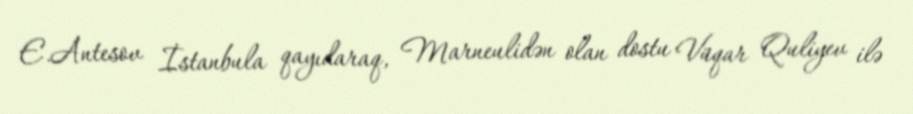
E.Antesov İstanbula qayıdaraq, Marneulidən olan dostu Vüqar Quliyev ilə